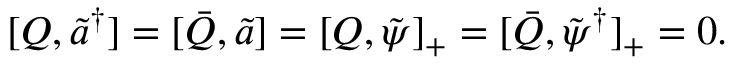
[ Q , \tilde { a } ^ { \dagger } ] = [ \bar { Q } , \tilde { a } ] = [ Q , \tilde { \psi } ] _ { + } = [ \bar { Q } , \tilde { \psi } ^ { \dagger } ] _ { + } = 0 .